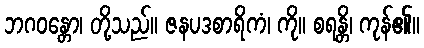
ဘဂဝန္တော၊ တို့သည်။ ဇနပဒစာရိကံ၊ ကို။ စရန္တိ၊ ကုန်၏။